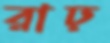
রাঢ়